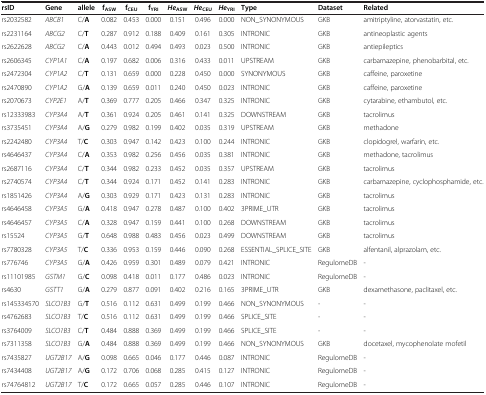
<table><thead><tr><td><b>rsID</b></td><td><b>Gene</b></td><td><b>allele</b></td><td><b>f<sub>ASW</sub></b></td><td><b>f<sub>CEU</sub></b></td><td><b>f<sub>YRI</sub></b></td><td><b><i>He</i><sub>ASW</sub></b></td><td><b><i>He</i><sub>CEU</sub></b></td><td><b><i>He</i><sub>YRI</sub></b></td><td><b>Type</b></td><td><b>Dataset</b></td><td><b>Related</b></td></tr></thead><tbody><tr><td>rs2032582</td><td><i>ABCB1</i></td><td>C/<b>A</b></td><td>0.082</td><td>0.453</td><td>0.000</td><td>0.151</td><td>0.496</td><td>0.000</td><td>NON_SYNONYMOUS</td><td>GKB</td><td>amitriptyline, atorvastatin, etc.</td></tr><tr><td>rs2231164</td><td><i>ABCG2</i></td><td>C/<b>T</b></td><td>0.287</td><td>0.912</td><td>0.188</td><td>0.409</td><td>0.161</td><td>0.305</td><td>INTRONIC</td><td>GKB</td><td>antineoplastic agents</td></tr><tr><td>rs2622628</td><td><i>ABCG2</i></td><td>C/<b>A</b></td><td>0.443</td><td>0.012</td><td>0.494</td><td>0.493</td><td>0.023</td><td>0.500</td><td>INTRONIC</td><td>GKB</td><td>antiepileptics</td></tr><tr><td>rs2606345</td><td><i>CYP1A1</i></td><td>C/<b>A</b></td><td>0.197</td><td>0.682</td><td>0.006</td><td>0.316</td><td>0.433</td><td>0.011</td><td>UPSTREAM</td><td>GKB</td><td>carbamazepine, phenobarbital, etc.</td></tr><tr><td>rs2472304</td><td><i>CYP1A2</i></td><td>C/<b>T</b></td><td>0.131</td><td>0.659</td><td>0.000</td><td>0.228</td><td>0.450</td><td>0.000</td><td>SYNONYMOUS</td><td>GKB</td><td>caffeine, paroxetine</td></tr><tr><td>rs2470890</td><td><i>CYP1A2</i></td><td>G/<b>A</b></td><td>0.139</td><td>0.659</td><td>0.011</td><td>0.240</td><td>0.450</td><td>0.023</td><td>INTRONIC</td><td>GKB</td><td>caffeine, paroxetine</td></tr><tr><td>rs2070673</td><td><i>CYP2E1</i></td><td>A/<b>T</b></td><td>0.369</td><td>0.777</td><td>0.205</td><td>0.466</td><td>0.347</td><td>0.325</td><td>INTRONIC</td><td>GKB</td><td>cytarabine, ethambutol, etc.</td></tr><tr><td>rs12333983</td><td><i>CYP3A4</i></td><td>A/<b>T</b></td><td>0.361</td><td>0.924</td><td>0.205</td><td>0.461</td><td>0.141</td><td>0.325</td><td>DOWNSTREAM</td><td>GKB</td><td>tacrolimus</td></tr><tr><td>rs3735451</td><td><i>CYP3A4</i></td><td>A/<b>G</b></td><td>0.279</td><td>0.982</td><td>0.199</td><td>0.402</td><td>0.035</td><td>0.319</td><td>UPSTREAM</td><td>GKB</td><td>methadone</td></tr><tr><td>rs2242480</td><td><i>CYP3A4</i></td><td>T/<b>C</b></td><td>0.303</td><td>0.947</td><td>0.142</td><td>0.423</td><td>0.100</td><td>0.244</td><td>INTRONIC</td><td>GKB</td><td>clopidogrel, warfarin, etc.</td></tr><tr><td>rs4646437</td><td><i>CYP3A4</i></td><td>C/<b>A</b></td><td>0.353</td><td>0.982</td><td>0.256</td><td>0.456</td><td>0.035</td><td>0.381</td><td>INTRONIC</td><td>GKB</td><td>methadone, tacrolimus</td></tr><tr><td>rs2687116</td><td><i>CYP3A4</i></td><td>C/<b>T</b></td><td>0.344</td><td>0.982</td><td>0.233</td><td>0.452</td><td>0.035</td><td>0.357</td><td>UPSTREAM</td><td>GKB</td><td>tacrolimus</td></tr><tr><td>rs2740574</td><td><i>CYP3A4</i></td><td>C/<b>T</b></td><td>0.344</td><td>0.924</td><td>0.171</td><td>0.452</td><td>0.141</td><td>0.283</td><td>INTRONIC</td><td>GKB</td><td>carbamazepine, cyclophosphamide, etc.</td></tr><tr><td>rs1851426</td><td><i>CYP3A4</i></td><td>A/<b>G</b></td><td>0.303</td><td>0.929</td><td>0.171</td><td>0.423</td><td>0.131</td><td>0.283</td><td>INTRONIC</td><td>GKB</td><td>tacrolimus</td></tr><tr><td>rs4646458</td><td><i>CYP3A5</i></td><td>G/<b>A</b></td><td>0.418</td><td>0.947</td><td>0.278</td><td>0.487</td><td>0.100</td><td>0.402</td><td>3PRIME_UTR</td><td>GKB</td><td>tacrolimus</td></tr><tr><td>rs4646457</td><td><i>CYP3A5</i></td><td>C/<b>A</b></td><td>0.328</td><td>0.947</td><td>0.159</td><td>0.441</td><td>0.100</td><td>0.268</td><td>DOWNSTREAM</td><td>GKB</td><td>tacrolimus</td></tr><tr><td>rs15524</td><td><i>CYP3A5</i></td><td>G/<b>T</b></td><td>0.648</td><td>0.988</td><td>0.483</td><td>0.456</td><td>0.023</td><td>0.499</td><td>DOWNSTREAM</td><td>GKB</td><td>tacrolimus</td></tr><tr><td>rs7780328</td><td><i>CYP3A5</i></td><td>T/<b>C</b></td><td>0.336</td><td>0.953</td><td>0.159</td><td>0.446</td><td>0.090</td><td>0.268</td><td>ESSENTIAL_SPLICE_SITE</td><td>GKB</td><td>alfentanil, alprazolam, etc.</td></tr><tr><td>rs776746</td><td><i>CYP3A5</i></td><td>G/<b>A</b></td><td>0.426</td><td>0.959</td><td>0.301</td><td>0.489</td><td>0.079</td><td>0.421</td><td>INTRONIC</td><td>RegulomeDB</td><td>-</td></tr><tr><td>rs11101985</td><td><i>GSTM1</i></td><td>G/<b>C</b></td><td>0.098</td><td>0.418</td><td>0.011</td><td>0.177</td><td>0.486</td><td>0.023</td><td>INTRONIC</td><td>RegulomeDB</td><td>-</td></tr><tr><td>rs4630</td><td><i>GSTT1</i></td><td>G/<b>A</b></td><td>0.279</td><td>0.877</td><td>0.091</td><td>0.402</td><td>0.216</td><td>0.165</td><td>3PRIME_UTR</td><td>GKB</td><td>dexamethasone, paclitaxel, etc.</td></tr><tr><td>rs145334570</td><td><i>SLCO1B3</i></td><td>G/<b>T</b></td><td>0.516</td><td>0.112</td><td>0.631</td><td>0.499</td><td>0.199</td><td>0.466</td><td>NON_SYNONYMOUS</td><td>-</td><td>-</td></tr><tr><td>rs4762683</td><td><i>SLCO1B3</i></td><td>T/<b>C</b></td><td>0.516</td><td>0.112</td><td>0.631</td><td>0.499</td><td>0.199</td><td>0.466</td><td>SPLICE_SITE</td><td>-</td><td>-</td></tr><tr><td>rs3764009</td><td><i>SLCO1B3</i></td><td>C/<b>T</b></td><td>0.484</td><td>0.888</td><td>0.369</td><td>0.499</td><td>0.199</td><td>0.466</td><td>SPLICE_SITE</td><td>-</td><td>-</td></tr><tr><td>rs7311358</td><td><i>SLCO1B3</i></td><td>G/<b>A</b></td><td>0.484</td><td>0.888</td><td>0.369</td><td>0.499</td><td>0.199</td><td>0.466</td><td>NON_SYNONYMOUS</td><td>GKB</td><td>docetaxel, mycophenolate mofetil</td></tr><tr><td>rs7435827</td><td><i>UGT2B17</i></td><td>A/<b>G</b></td><td>0.098</td><td>0.665</td><td>0.046</td><td>0.177</td><td>0.446</td><td>0.087</td><td>INTRONIC</td><td>RegulomeDB</td><td>-</td></tr><tr><td>rs7434408</td><td><i>UGT2B17</i></td><td>A/<b>G</b></td><td>0.172</td><td>0.706</td><td>0.068</td><td>0.285</td><td>0.415</td><td>0.127</td><td>INTRONIC</td><td>RegulomeDB</td><td>-</td></tr><tr><td>rs74764812</td><td><i>UGT2B17</i></td><td>T/<b>C</b></td><td>0.172</td><td>0.665</td><td>0.057</td><td>0.285</td><td>0.446</td><td>0.107</td><td>INTRONIC</td><td>RegulomeDB</td><td>-</td></tr></tbody></table>